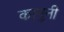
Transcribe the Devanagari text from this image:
कानुनी